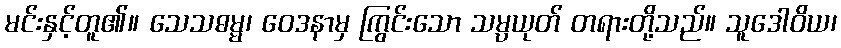
မင်းနှင့်တူ၏။ သေသဓမ္မ၊ ဝေဒနာမှ ကြွင်းသော သမ္ပယုတ် တရားတို့သည်။ သူဒေါဝိယ၊